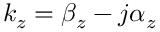
k _ { z } = \beta _ { z } - j \alpha _ { z }